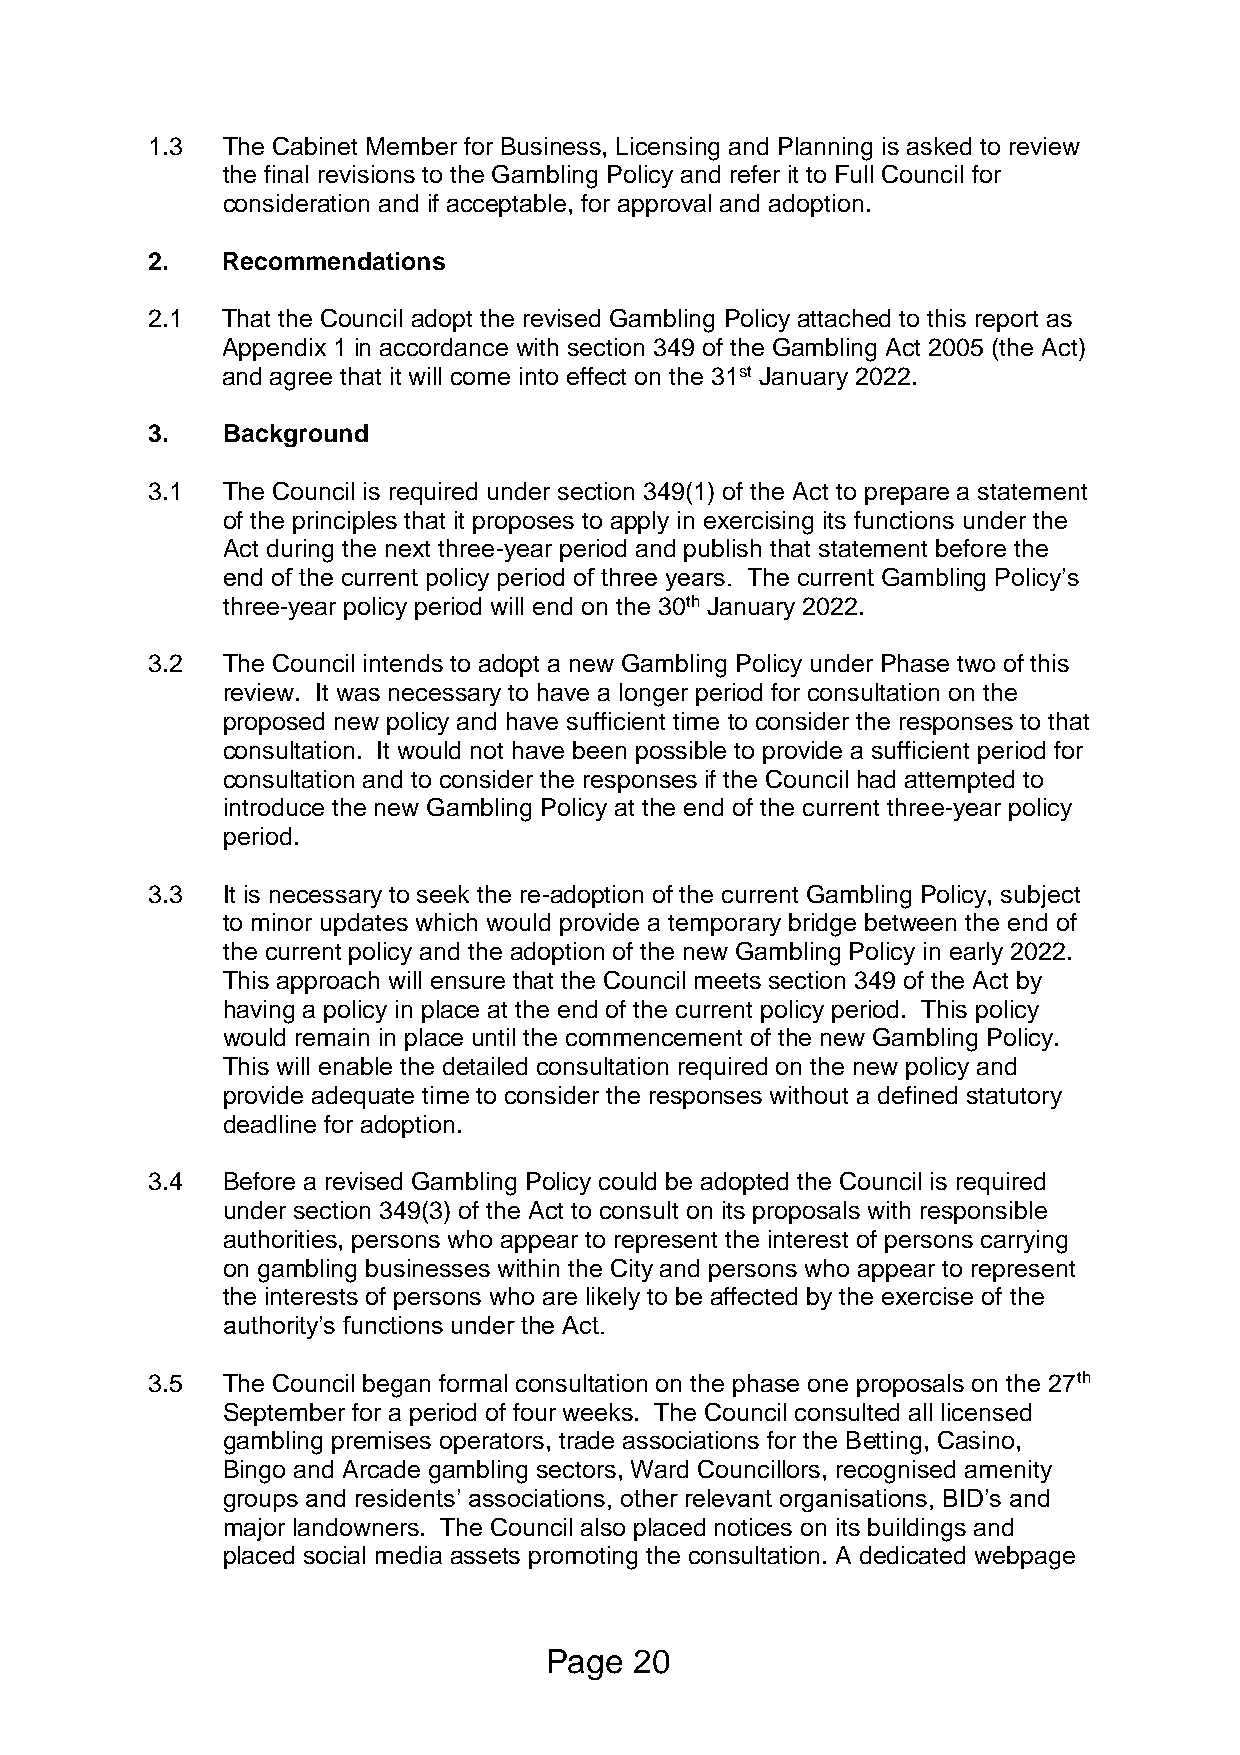
1.3  The Cabinet Member for Business, Licensing and Planning is asked to review
 the final revisions to the Gambling Policy and refer it to Full Council for
 consideration and if acceptable, for approval and adoption.
 2.   Recommendations
 2.1  That the Council adopt the revised Gambling Policy attached to this report as
 Appendix 1 in accordance with section 349 of the Gambling Act 2005 (the Act)
 and agree that it will come into effect on the 31st January 2022.
 3.   Background
 3.1  The Council is required under section 349(1) of the Act to prepare a statement
 of the principles that it proposes to apply in exercising its functions under the
 Act during the next three-year period and publish that statement before the
 end of the current policy period of three years. The current Gambling Policy’s
 three-year policy period will end on the 30th January 2022.
 3.2  The Council intends to adopt a new Gambling Policy under Phase two of this
 review. It was necessary to have a longer period for consultation on the
 proposed new policy and have sufficient time to consider the responses to that
 consultation. It would not have been possible to provide a sufficient period for
 consultation and to consider the responses if the Council had attempted to
 introduce the new Gambling Policy at the end of the current three-year policy
 period.
 3.3  It is necessary to seek the re-adoption of the current Gambling Policy, subject
 to minor updates which would provide a temporary bridge between the end of
 the current policy and the adoption of the new Gambling Policy in early 2022.
 This approach will ensure that the Council meets section 349 of the Act by
 having a policy in place at the end of the current policy period. This policy
 would remain in place until the commencement of the new Gambling Policy.
 This will enable the detailed consultation required on the new policy and
 provide adequate time to consider the responses without a defined statutory
 deadline for adoption.
 3.4  Before a revised Gambling Policy could be adopted the Council is required
 under section 349(3) of the Act to consult on its proposals with responsible
 authorities, persons who appear to represent the interest of persons carrying
 on gambling businesses within the City and persons who appear to represent
 the interests of persons who are likely to be affected by the exercise of the
 authority’s functions under the Act.
 3.5  The Council began formal consultation on the phase one proposals on the 27th
 September for a period of four weeks. The Council consulted all licensed
 gambling premises operators, trade associations for the Betting, Casino,
 Bingo and Arcade gambling sectors, Ward Councillors, recognised amenity
 groups and residents’ associations, other relevant organisations, BID’s and
 major landowners. The Council also placed notices on its buildings and
 placed social media assets promoting the consultation. A dedicated webpage
 Page  20